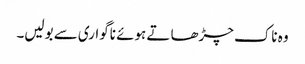
وہ ناک چڑھا تے ہوئے ناگواری سے بولیں۔